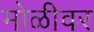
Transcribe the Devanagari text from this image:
मोळीवर